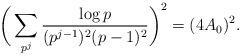
LaTeX: \begin{align*}\bigg( \sum_{p^j} \frac{\log p}{(p^{j-1})^2(p-1)^2} \bigg)^2 = (4A_0)^2.\end{align*}